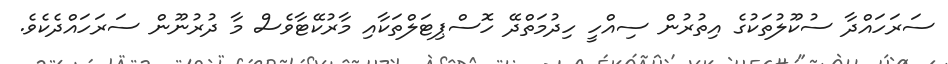
ސަރަހައްދާ ސުކޫލުތަކުގެ އިތުރުން ސިއްހީ ހިދުމަތްދޭ ހޮސްޕިޓަލްތަކާއި މާރުކޭޓާވެސް މާ ދުރުނޫން ސަރަހައްދެކެވެ.